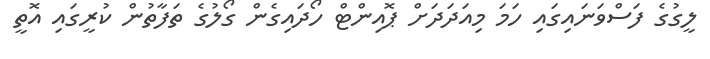
ލީގުގެ ފަސްވަނައިގައި ހަމަ މިއަދަދަށް ޕޮއިންޓް ހޯދައިގެން ގޯލުގެ ތަފާތުން ކުރީގައި އޮތީ